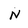
Character: N